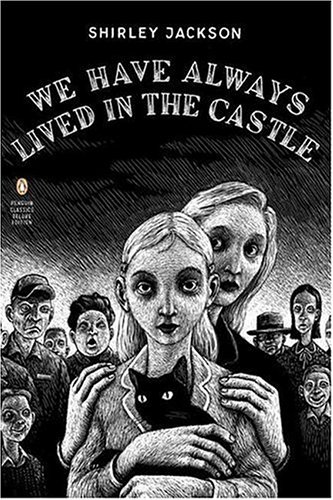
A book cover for We Have Always Lived in the Castle (Penguin Classics Deluxe Edition); Shirley Jackson; Mystery, Thriller & Suspense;